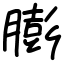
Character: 膨